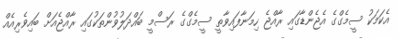
އެކަމަކު ސީމެގްގެ އެޖެންޑާގައި ރާއްޖެ ހިމަނާފައިވާތީ ސީމެގްގެ ރަސްމީ ބައްދަލުވުންތަކުގައި ރާއްޖެއަށް ބައިވެރިއެއް